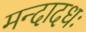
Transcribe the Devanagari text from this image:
मन्दादधः